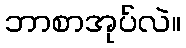
ဘာစာအုပ်လဲ။